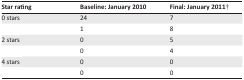
<table><thead><tr><td><b>Star rating</b></td><td><b>Baseline: January 2010</b></td><td><b>Final: January 2011<sup>†</sup></b></td></tr></thead><tbody><tr><td>0 stars</td><td>24</td><td>7</td></tr><tr><td>[EMPTY_CELL]</td><td>1</td><td>8</td></tr><tr><td>2 stars</td><td>0</td><td>5</td></tr><tr><td>[EMPTY_CELL]</td><td>0</td><td>4</td></tr><tr><td>4 stars</td><td>0</td><td>0</td></tr><tr><td>[EMPTY_CELL]</td><td>0</td><td>0</td></tr></tbody></table>